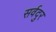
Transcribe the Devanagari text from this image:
सर्वदुर